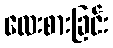
လေးစားခြင်း